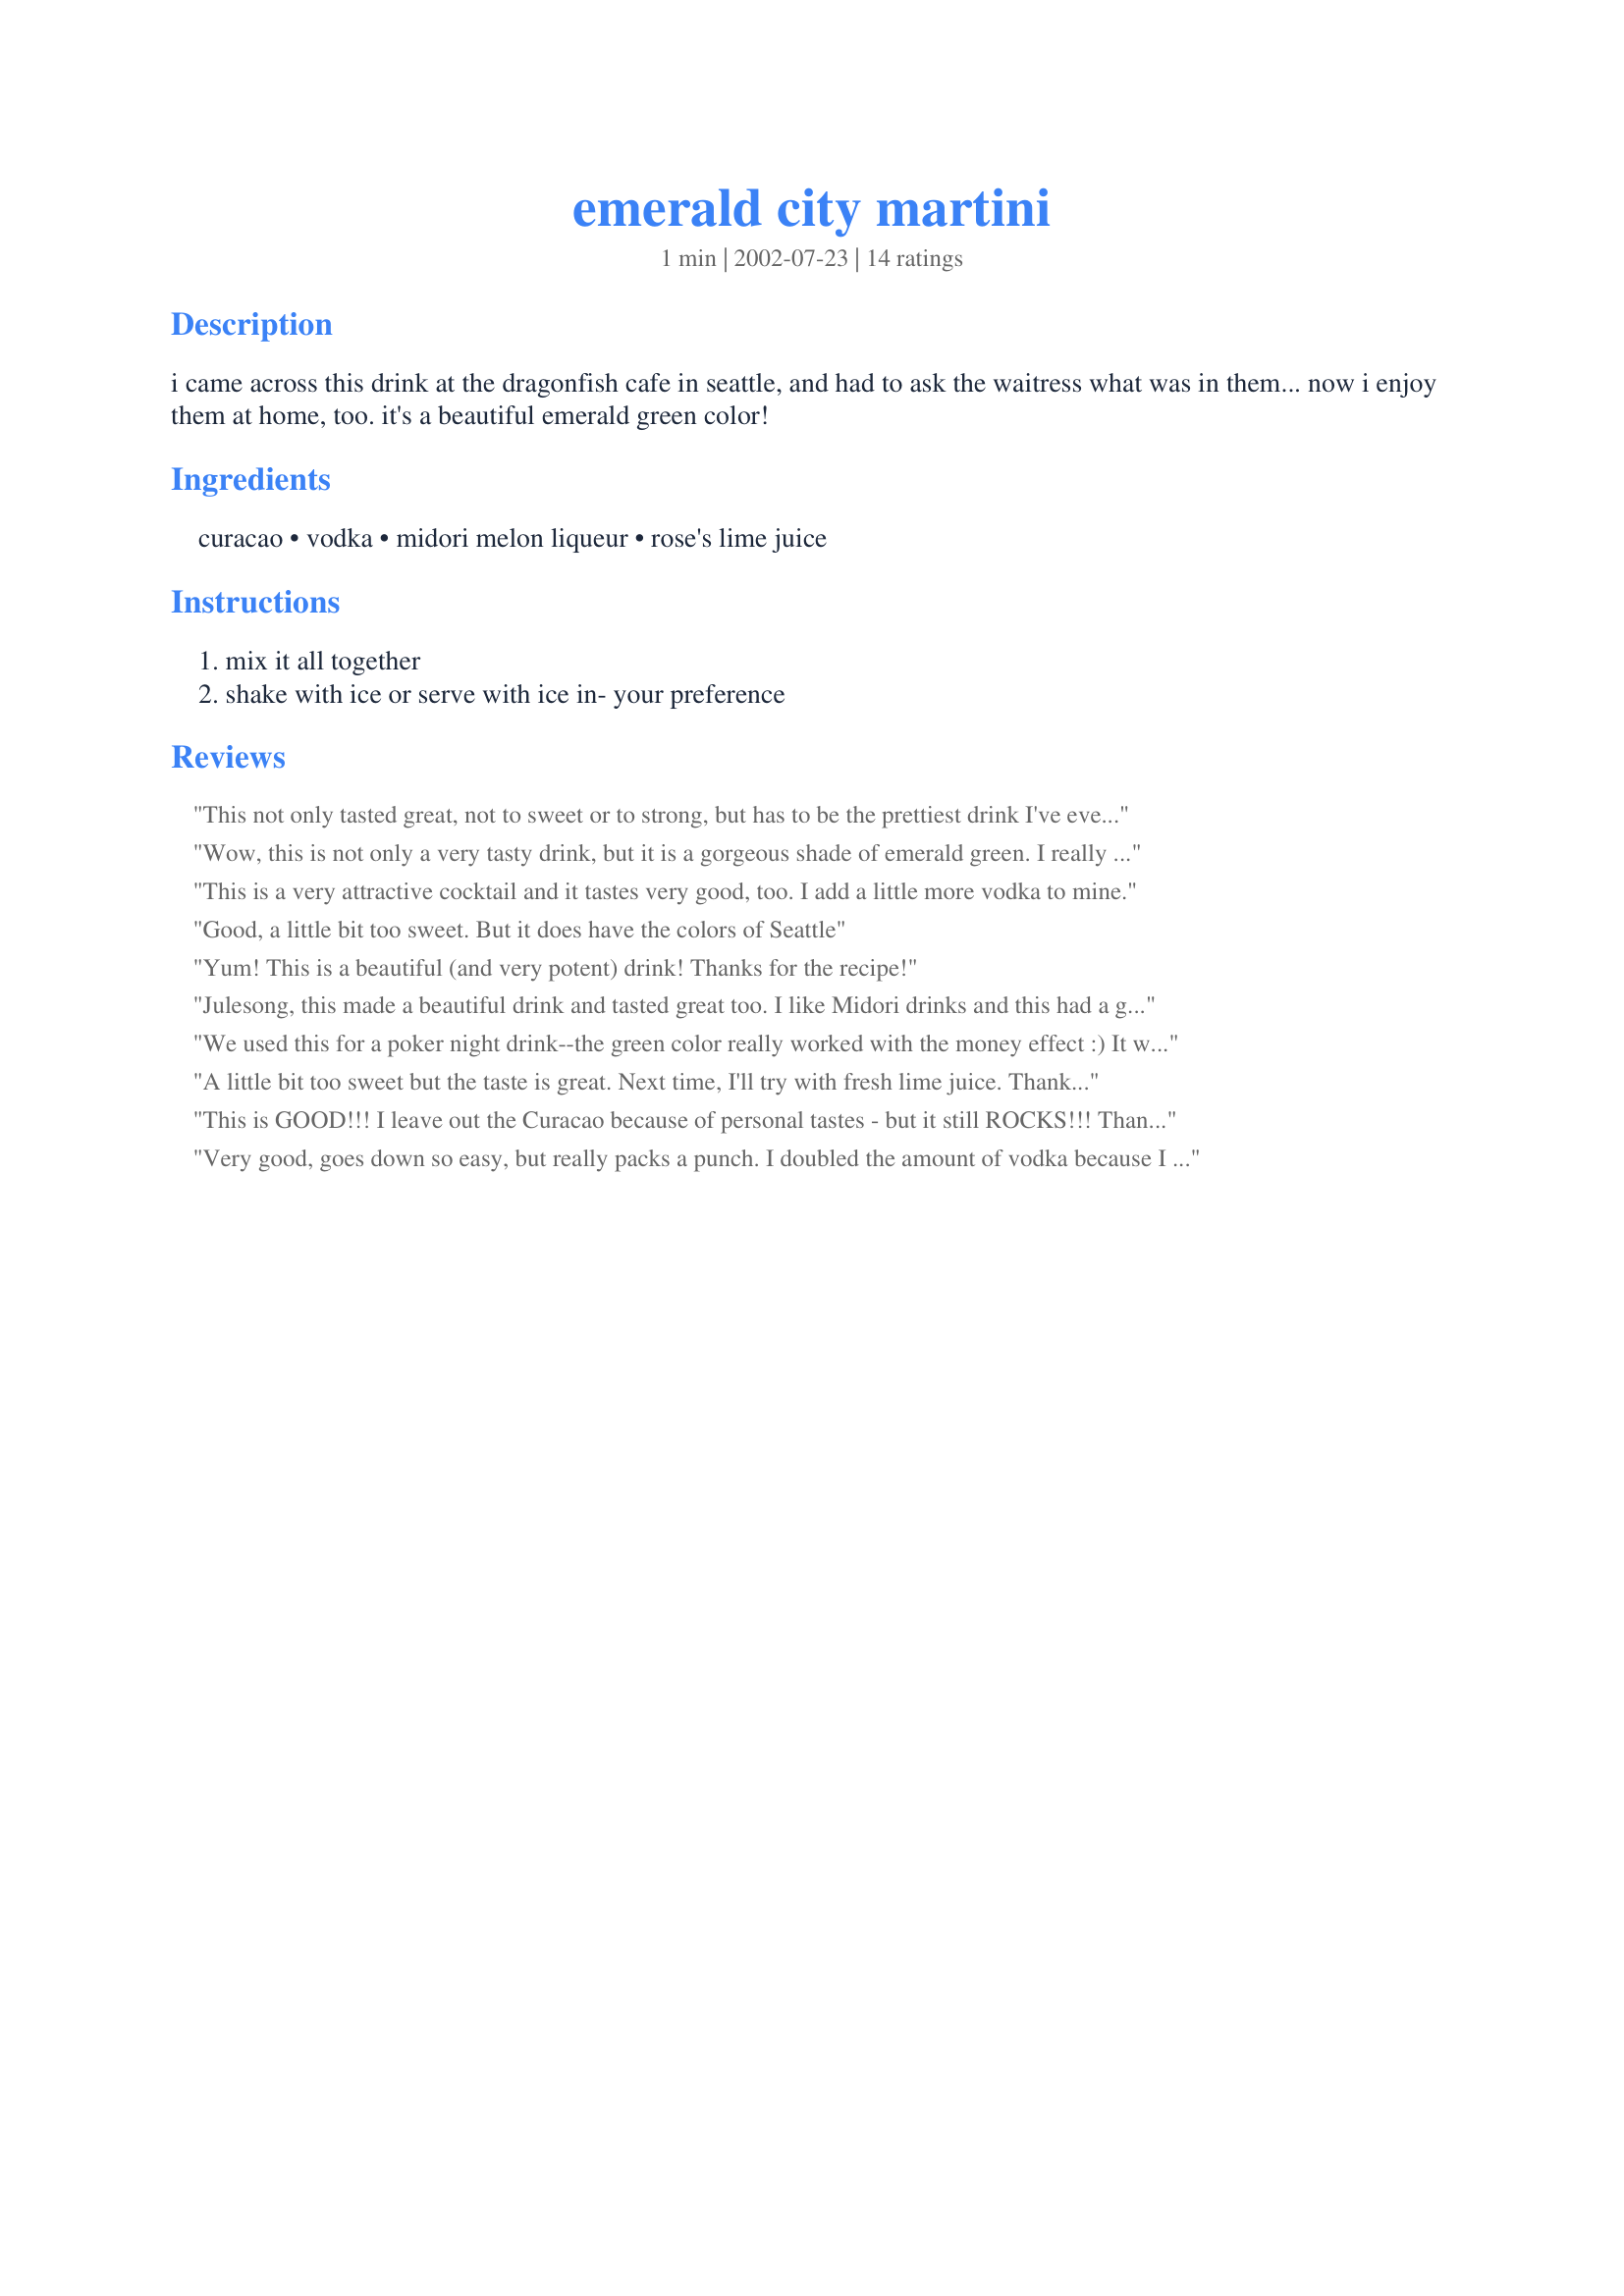
emerald city martini
Preparation time: 1 minutes

i came across this drink at the dragonfish cafe in seattle, and had to ask the waitress what was in them... now i enjoy them at home, too. it's a beautiful emerald green color!

Ingredients:
curacao, vodka, midori melon liqueur, rose's lime juice

Steps:
mix it all together, shake with ice or serve with ice in- your preference

Reviews:
This not only tasted great, not to sweet or to strong, but has to be the prettiest drink I've ever had with that emerald green color. Just could not get the deep bright green to show up in the photo. We made it once with vodka as written and again with gin; it was great both ways and just a little differant. Can't wait to impress friends with this one. It goes together easy and looks so impressive. Even DH liked this one and he's more an "on the rocks" kind of guy.
Wow, this is not only a very tasty drink, but it is a gorgeous shade of emerald green. I really enjoyed it. Thanks Julesong!
This is a very attractive cocktail and it tastes very good, too. I add a little more vodka to mine.
Good, a little bit too sweet. But it does have the colors of Seattle
Yum! This is a beautiful (and very potent) drink! Thanks for the recipe!
Julesong, this made a beautiful drink and tasted great too. I like Midori drinks and this had a great smooth fruity flavor. Thanks.
We used this for a poker night drink--the green color really worked with the money effect :) It was a tad sweet (absolutely cannot do without the ice), so next time I will tweak it just a tad. The color was gorgeous, and I love the Dragonfish cafe :)
A little bit too sweet but the taste is great. Next time, I'll try with fresh lime juice. Thanks :)
This is GOOD!!! I leave out the Curacao because of personal tastes - but it still ROCKS!!! Thanks for adding to my Mother's Day!!
Very good, goes down so easy, but really packs a punch. I doubled the amount of vodka because I know my over-sized martini glasses hold about 6 ounces. Gorgeous color.
Yowser, what a drink. You are right, they are a beautiful emerald green. Smooth and delicious. Thanks for sharing this recipe.
This drink tastes really good and is such an amazing color! I can't wait to serve this at a party. I'm sure it'll be a hit! Thanks Julesong! This is the 2nd Awesome recipe I've gotten from you. I'm going to have to see what else you've submitted :)
Beautiful and festive drink. I served these and pomegranate martini's at my Christmas party and they all went over well. These were just a little too sweet. Next time I would add more lime for tartness. Thanks for the great recipe.
This is fabulous ...made it to watch the Oscars...we tripled the recipe and instead of using 1 oz lime juice I increased it to 1 and 1/2 ounces...Beautiful and thankyou for sharing!!!!!!
